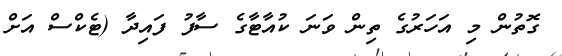
ގޮތުން މި އަހަރުގެ ތިން ވަނަ ކުއާޓާގެ ސާފު ފައިދާ (ޓެކްސް އަށް